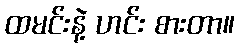
ထမင်းနဲ့ ဟင်း စားတာ။